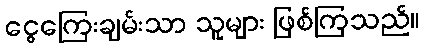
ငွေကြေးချမ်းသာ သူများ ဖြစ်ကြသည်။